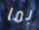
بما